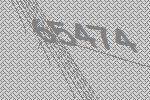
65474